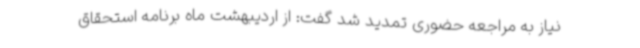
نیاز به مراجعه حضوری تمدید شد گفت: از اردیبهشت ماه برنامه استحقاق